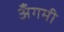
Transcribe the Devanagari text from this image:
अँगमी